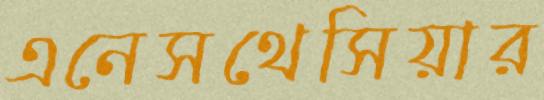
এনেসথেসিয়ার